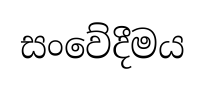
සංවේදීමය